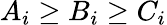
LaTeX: A_{i}\geq B_{i}\geq C_{i}